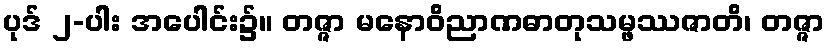
ပုဒ် ၂-ပါး အပေါင်း၌။ တဇ္ဇာ မနောဝိညာဏဓာတုသမ္ဖဿဇာတိ၊ တဇ္ဇာ